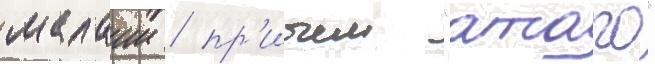
малаии / пр'ичем "атаго"